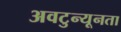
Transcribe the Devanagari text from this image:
अवटुन्यूनता